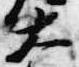
大